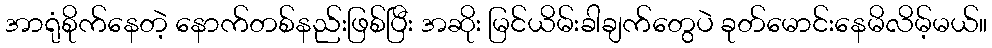
အာရုံစိုက်နေတဲ့ နောက်တစ်နည်းဖြစ်ပြီး အဆိုး မြင်ယိမ်းခါချက်တွေပဲ ခုတ်မောင်းနေမိလိမ့်မယ်။